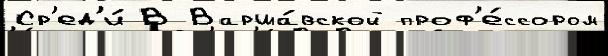
Ср'ед'и́ В Варша́вской проф'е́ссором